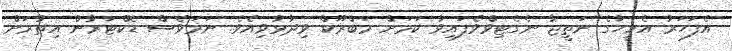
އެފަހަރު އެމީހާގެ ނަތީޖާ ނެގެޓިވްވެފައިވާ ކަމަށް މަބްރޫކް ވިދާޅުވިއެވެ. ނަމަވެސް ޑޮކްޓަރުން އިތުރަށް